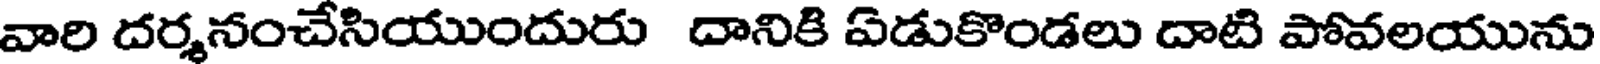
వారి దర్శనంచేసియుందురు దానికి ఏడుకొండలు దాటి పోవలయును